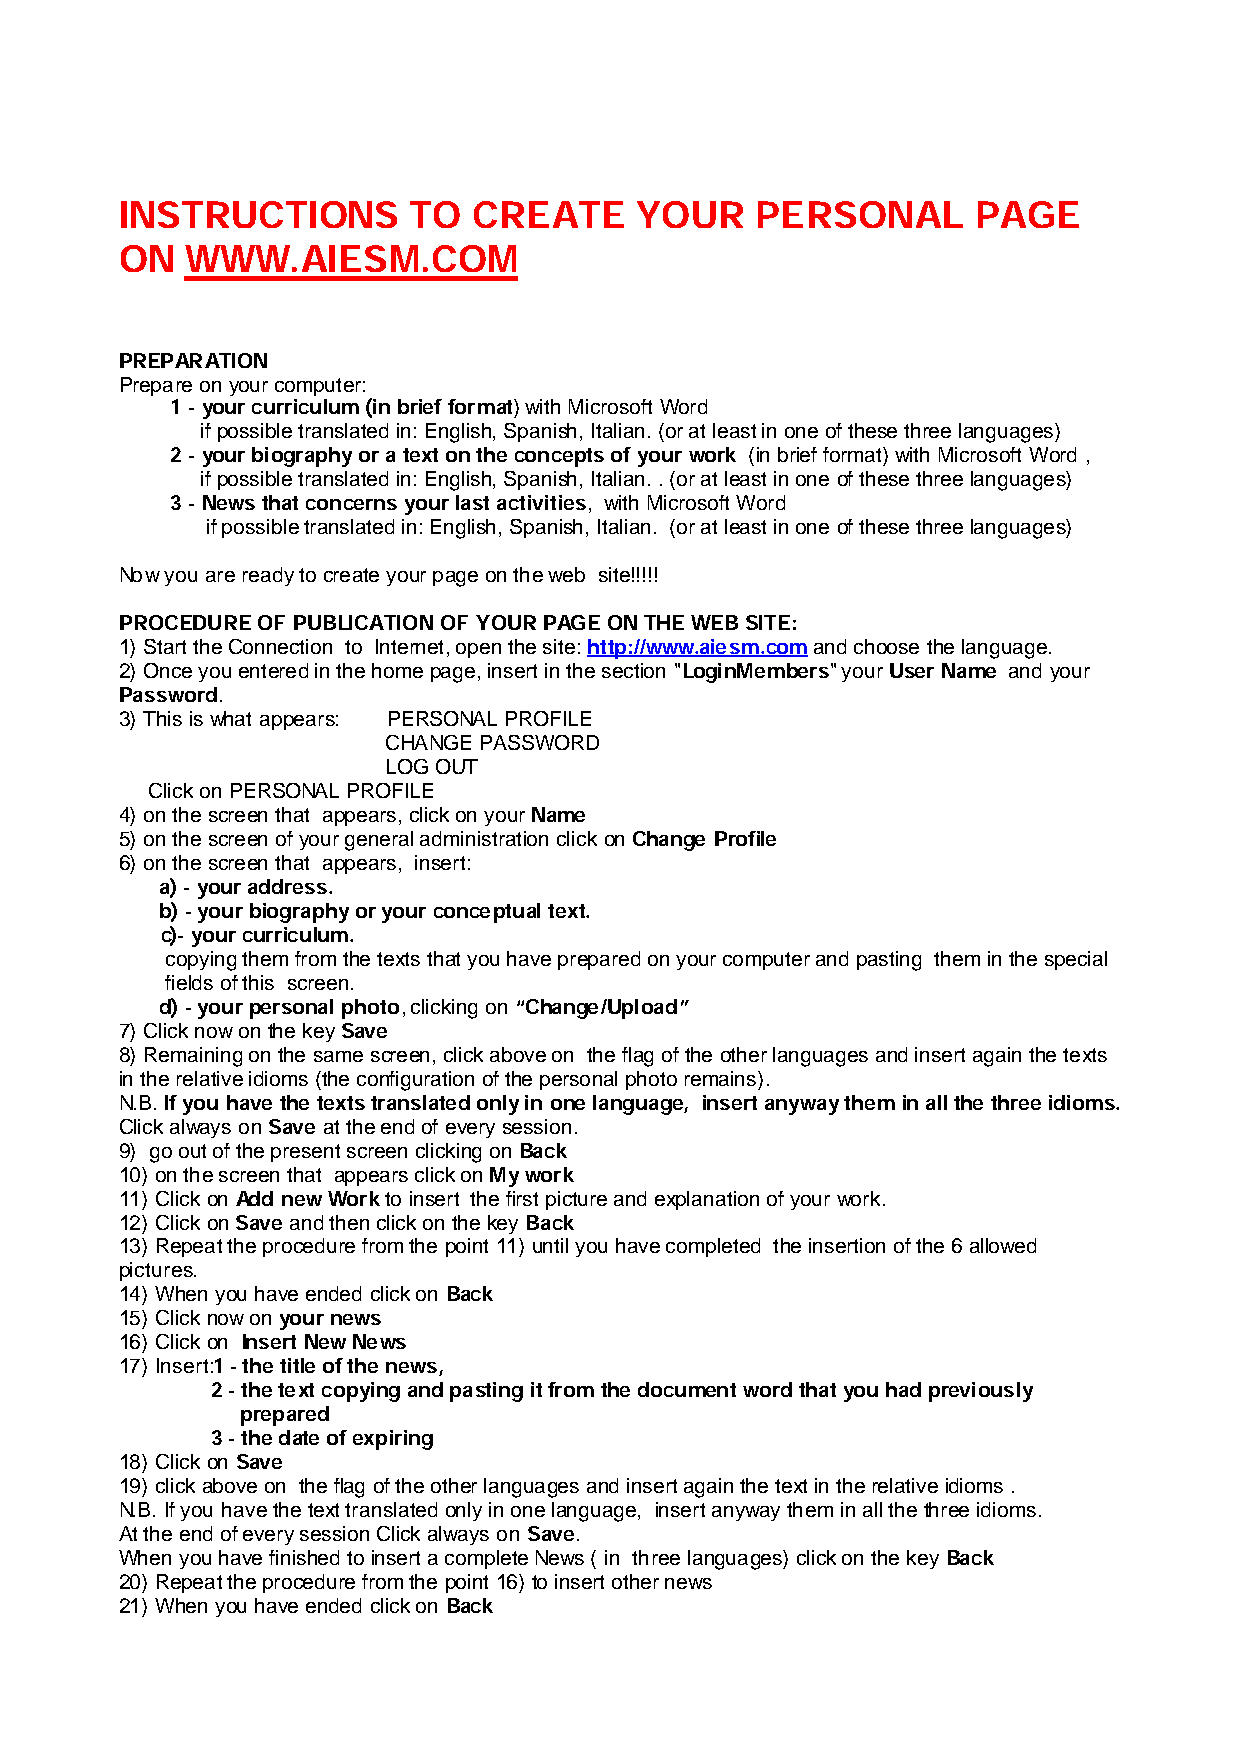
INSTRUCTIONS       TO  CREATE     YOUR    PERSONAL      PAGE
 ON  WWW.AIESM.COM
 PREPARATION
 Prepare on your computer:
 1 - your curriculum (in brief format) with Microsoft Word
 if possible translated in: English, Spanish, Italian. (or at least in one of these three languages)
 2 - your biography or a text on the concepts of your work (in brief format) with Microsoft Word ,
 if possible translated in: English, Spanish, Italian. . (or at least in one of these three languages)
 3 - News that concerns your last activities, with Microsoft Word
 if possible translated in: English, Spanish, Italian. (or at least in one of these three languages)
 Now you are ready to create your page on the web site!!!!!
 PROCEDURE OF PUBLICATION OF YOUR PAGE ON THE WEB SITE:
 1) Start the Connection to Internet, open the site: http://www.aiesm.com and choose the language.
 2) Once you entered in the home page, insert in the section "LoginMembers" your User Name and your
 Password.
 3) This is what appears: PERSONAL PROFILE
 CHANGE PASSWORD
 LOG OUT
 Click on PERSONAL PROFILE
 4) on the screen that appears, click on your Name
 5) on the screen of your general administration click on Change Profile
 6) on the screen that appears, insert:
 a) - your address.
 b) - your biography or your conceptual text.
 c)- your curriculum.
 copying them from the texts that you have prepared on your computer and pasting them in the special
 fields of this screen.
 d) - your personal photo, clicking on “Change/Upload”
 7) Click now on the key Save
 8) Remaining on the same screen, click above on the flag of the other languages and insert again the texts
 in the relative idioms (the configuration of the personal photo remains).
 N.B. If you have the texts translated only in one language, insert anyway them in all the three idioms.
 Click always on Save at the end of every session.
 9) go out of the present screen clicking on Back
 10) on the screen that appears click on My work
 11) Click on Add new Work to insert the first picture and explanation of your work.
 12) Click on Save and then click on the key Back
 13) Repeat the procedure from the point 11) until you have completed the insertion of the 6 allowed
 pictures.
 14) When you have ended click on Back
 15) Click now on your news
 16) Click on Insert New News
 17) Insert:1 - the title of the news,
 2 - the text copying and pasting it from the document word that you had previously
 prepared
 3 - the date of expiring
 18) Click on Save
 19) click above on the flag of the other languages and insert again the text in the relative idioms .
 N.B. If you have the text translated only in one language, insert anyway them in all the three idioms.
 At the end of every session Click always on Save.
 When you have finished to insert a complete News ( in three languages) click on the key Back
 20) Repeat the procedure from the point 16) to insert other news
 21) When you have ended click on Back